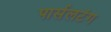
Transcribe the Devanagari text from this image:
पार्सलटंग